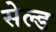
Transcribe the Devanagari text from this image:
सेल्ड